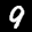
Label: 9